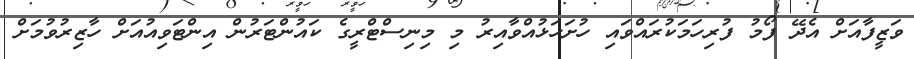
ވަޒީފާއަށް އެދޭ ފޯމު ފުރިހަމަކުރައްވައި ހުށަހަޅުއްވާއިރު މި މިނިސްޓްރީގެ ކައުންޓަރުން އިންޓަވިއުއަށް ހާޒިރުވުމަށް